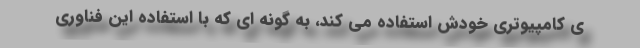
ی کامپیوتری خودش استفاده می کند، به گونه ای که با استفاده این فناوری